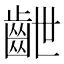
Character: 齛